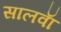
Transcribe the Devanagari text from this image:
सालवाॅ